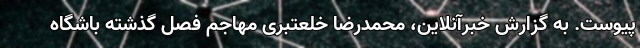
پیوست. به گزارش خبرآنلاین، محمدرضا خلعتبری مهاجم فصل گذشته باشگاه